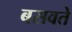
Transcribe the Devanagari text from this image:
बसवते